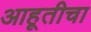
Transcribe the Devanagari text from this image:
आहूतीचा